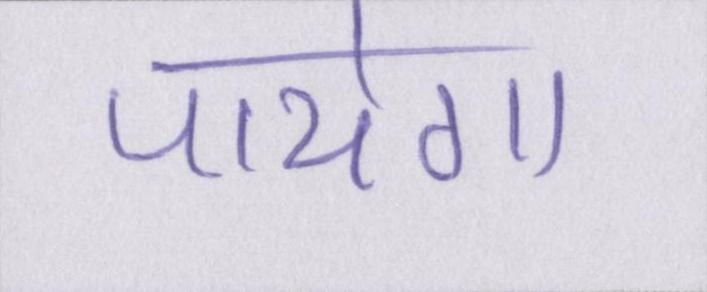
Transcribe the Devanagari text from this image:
पायेगा